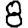
Digit: 8